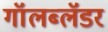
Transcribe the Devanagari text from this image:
गॉलब्लॅडर